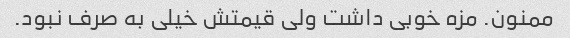
ممنون. مزه خوبی داشت ولی قیمتش خیلی به صرف نبود.